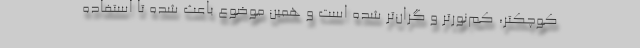
کوچکتر، کم‌نورتر و گران‌تر شده است و همین موضوع باعث شده تا استفاده